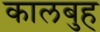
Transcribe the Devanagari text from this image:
कालबुह